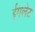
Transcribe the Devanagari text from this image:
ईगलेट